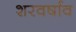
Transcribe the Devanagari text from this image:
शरवर्षाव